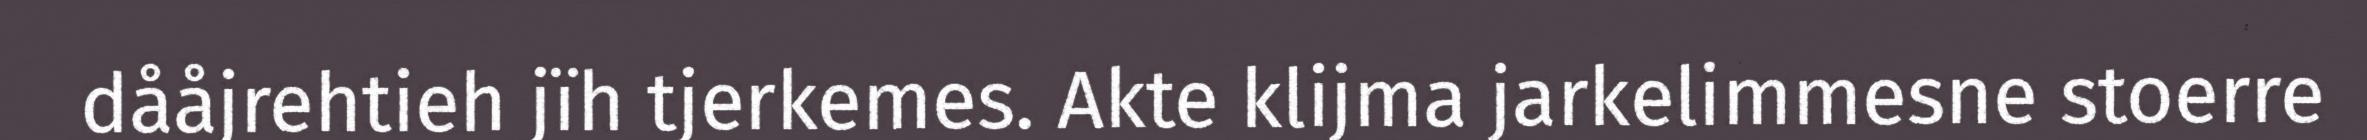
dååjrehtieh jïh tjerkemes. Akte klijma jarkelimmesne stoerre